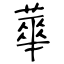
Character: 蕐